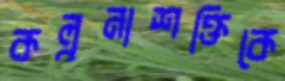
কল্পনাশক্তিকে